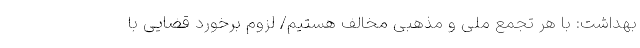
بهداشت: با هر تجمع ملی و مذهبی مخالف هستیم/ لزوم برخورد قضایی با